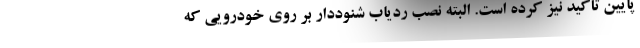
پایین تأکید نیز کرده است. البته نصب ردیاب شنوددار بر روی خودرویی که